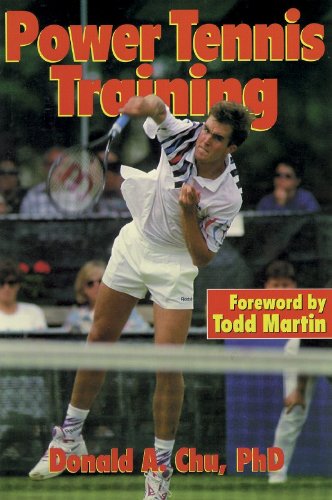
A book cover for Power Tennis Training; Donald A. Chu; Sports & Outdoors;